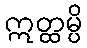
ဣတ္ထမ္ပိ